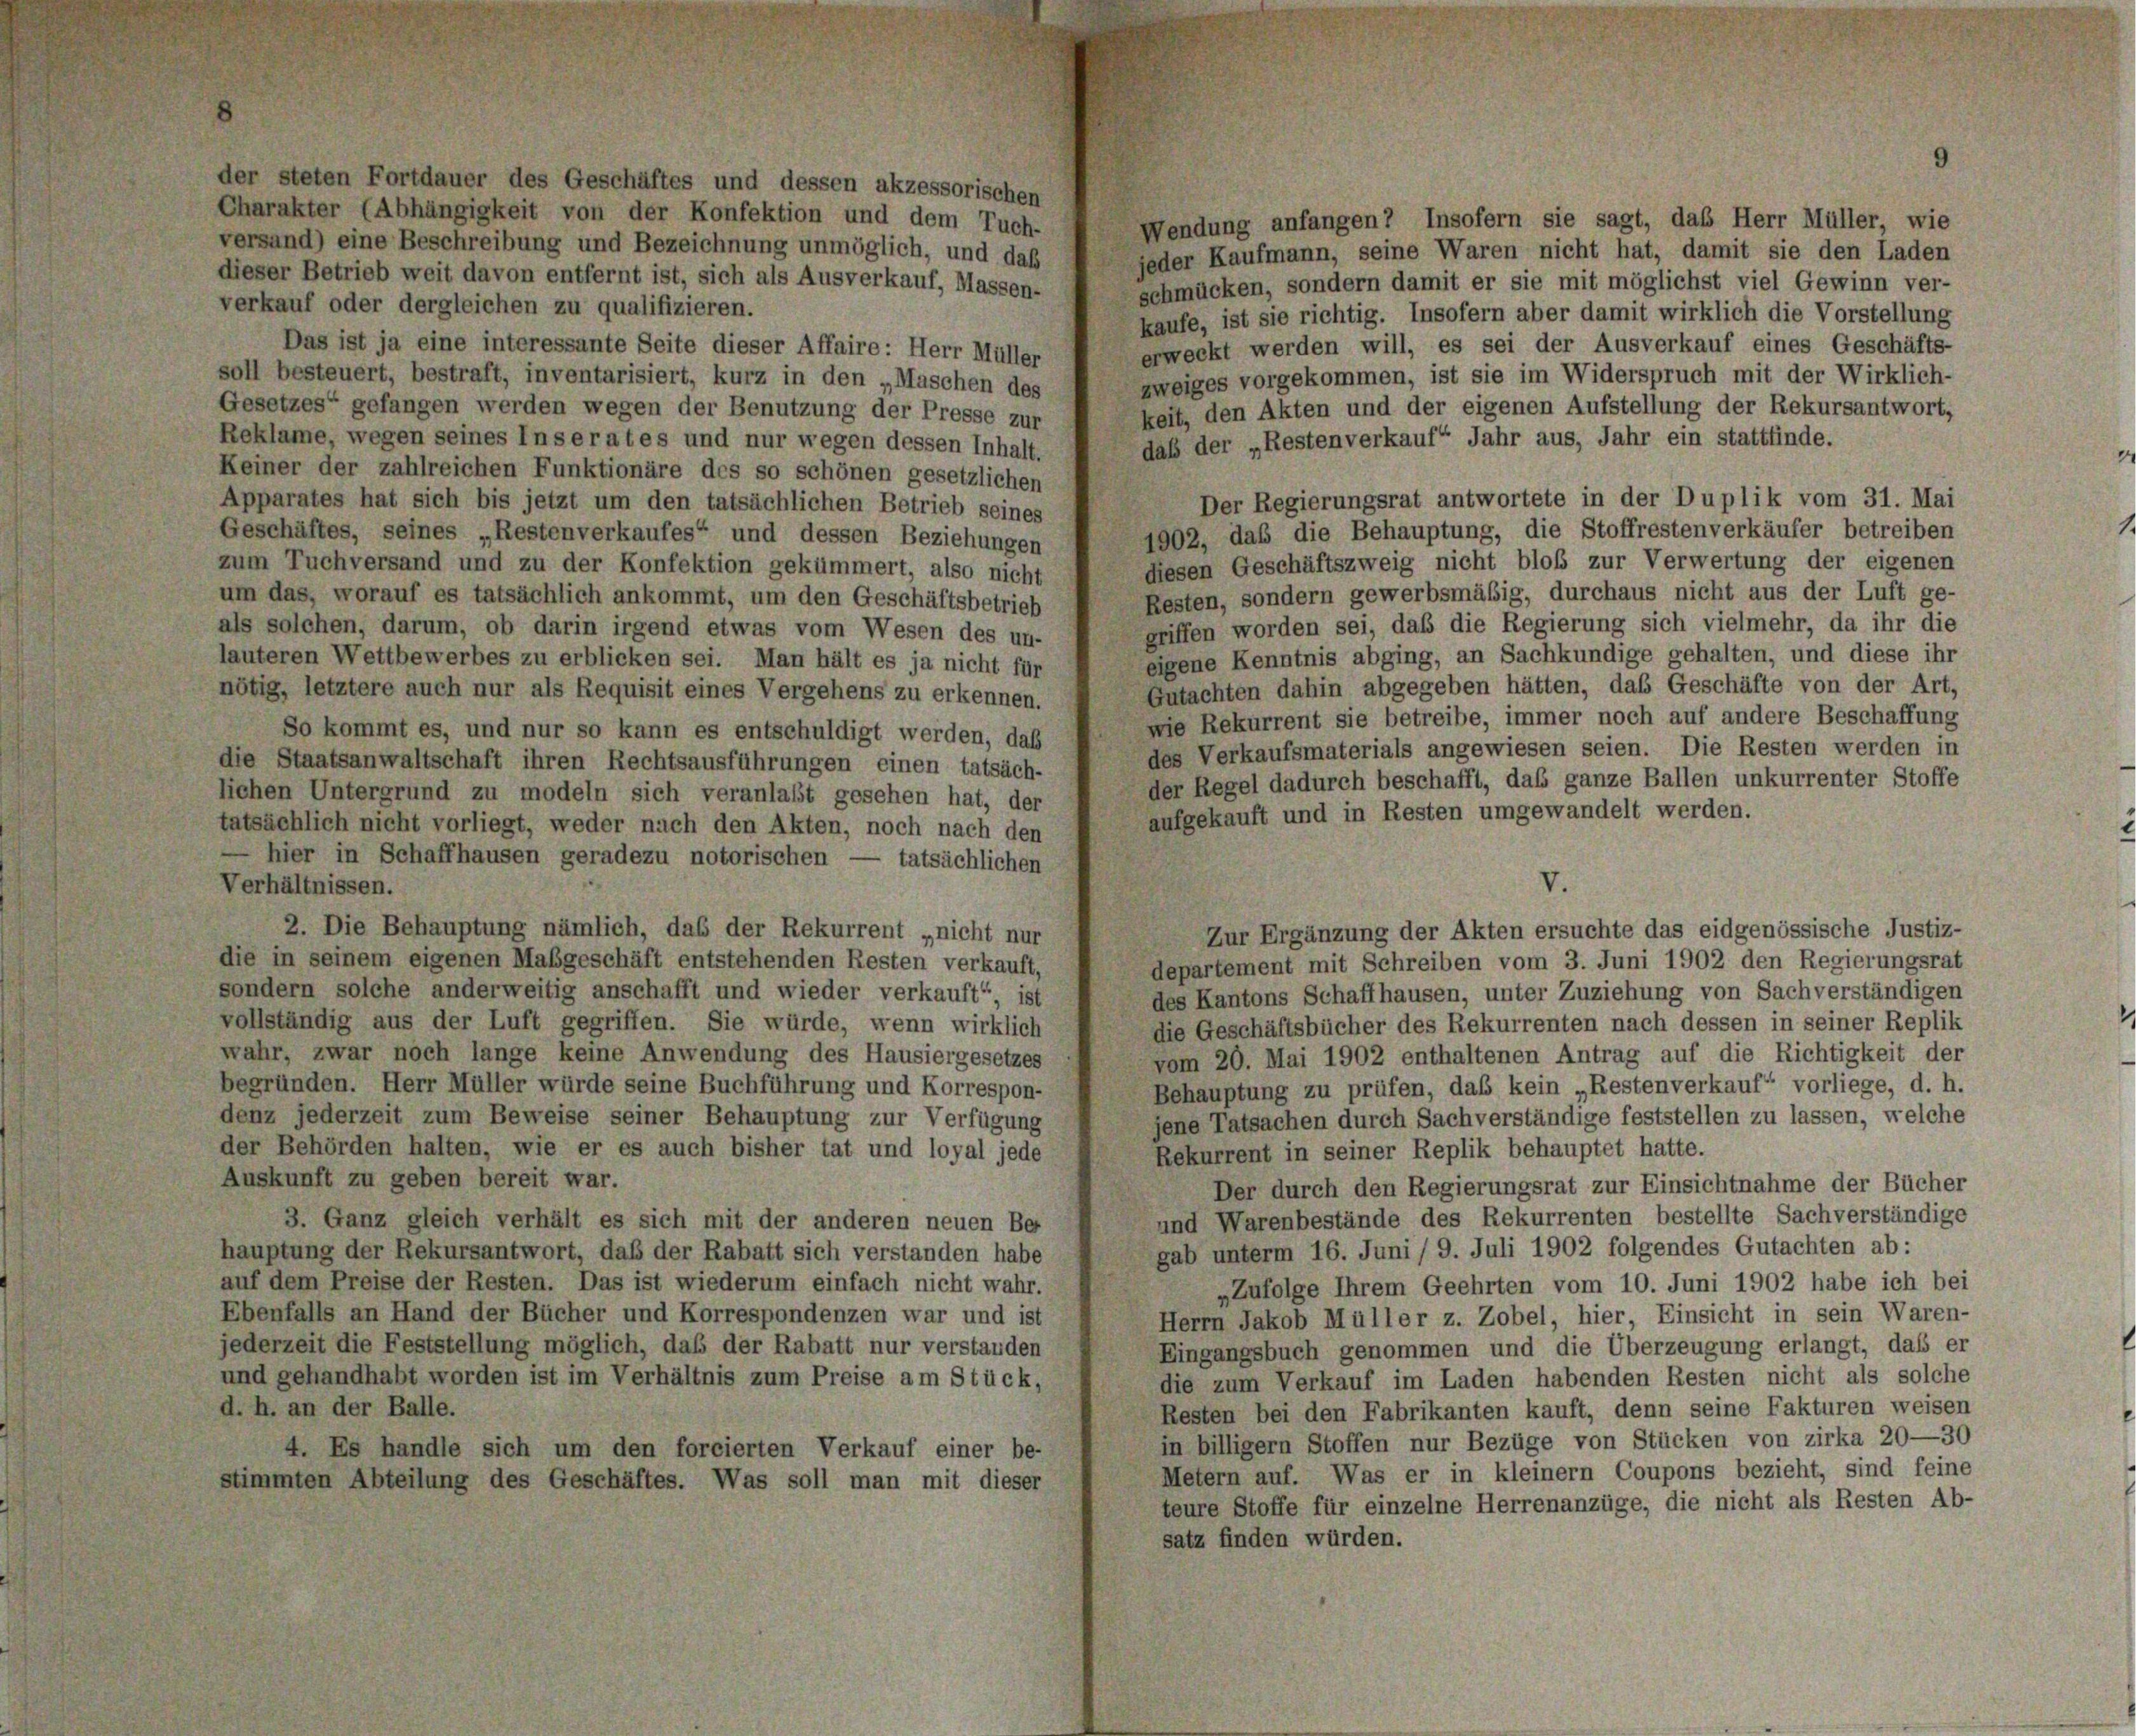
der steten Fortdauer des Geschäftes und dessen akzessorischen
Charakter (Abhängigkeit von der Konfektion und dem Tuch-
Wendung anfangen? Insofern sie sagt, das Herr Müller, wie
versand) eine Beschreibung und Bezeichnung unmöglich, und daß
jeder Kaufmann, seine Waren nicht hat, damit sie den Laden
dieser Betrieb weit davon entfernt ist, sich als Ausverkauf, Massen-
schmücken, sondern damit er sie mit möglichst viel Gewinn ver-
verkauf oder dergleichen zu qualifizieren.
kaufe, ist sie richtig. Insofern aber damit wirklich die Vorstellung
Das ist ja eine interessante Seite dieser Affaire: Herr Müller
erweckt werden will, es sei der Ausverkauf eines Geschäfts-
soll besteuert, bestraft, inventarisiert, kurz in den „Maschen des
zweiges vorgekommen, ist sie im Widerspruch mit der Wirklich-
Gesetzes“ gefangen werden wegen der Benutzung der Presse zur
keit, den Akten und der eigenen Aufstellung der Rekursantwort,
Reklame, wegen seines Inserates und nur wegen dessen Inhalt.
daß der „Restenverkauf Jahr aus, Jahr ein stattfinde.
Keiner der zahlreichen Funktionäre des so schönen gesetzlichen
Der Regierungsrat antwortete in der Duplik vom 31. Mai
Apparates hat sich bis jetzt um den tatsächlichen Betrieb seines
1902, daß die Behauptung, die Stoffrestenverkäufer betreiben
Geschäftes, seines „Restenverkaufes“ und dessen Beziehungen
diesen Geschäftszweig nicht bloß zur Verwertung der eigenen
zum Tuchversand und zu der Konfektion gekümmert, also nicht
Resten, sondern gewerbsmäßig, durchaus nicht aus der Luft ge-
um das, worauf es tatsächlich ankommt, um den Geschäftsbetrieb
griffen worden sei, daß die Regierung sich vielmehr, da ihr die
als solchen, darum, ob darin irgend etwas vom Wesen des un-
eigene Kenntnis abging, an Sachkundige gehalten, und diese ihr
lauteren Wettbewerbes zu erblicken sei. Man hält es ja nicht für
Gutachten dahin abgegeben hätten, das Geschäfte von der Art,
nötig, letztere auch nur als Requisit eines Vergehens zu erkennen.
wie Rekurrent sie betreibe, immer noch auf andere Beschaffung
So kommt es, und nur so kann es entschuldigt werden, das
des Verkaufsmaterials angewiesen seien. Die Resten werden in
die Staatsanwaltschaft ihren Rechtsausführungen einen tatsäch-
der Regel dadurch beschafft, das ganze Ballen unkurrenter Stoffe
lichen Untergrund zu modeln sich veranlaßt gesehen hat, der
aufgekauft und in Resten umgewandelt werden.
tatsächlich nicht vorliegt, weder nach den Akten, noch nach den
 hier in Schaffhausen geradezu notorischen — tatsächlichen
V.
Verhältnissen.
2. Die Behauptung nämlich, das der Rekurrent „nicht nur
Zur Ergänzung der Akten ersuchte das eidgenössische Justiz-
die in seinem eigenen Mabgeschäft entstehenden Resten verkauft,
departement mit Schreiben vom 3. Juni 1902 den Regierungsrat
sondern solche anderweitig anschafft und wieder verkauft“ ist
des Kantons Schaffhausen, unter Zuziehung von Sachverständigen
vollständig aus der Luft gegriffen. Sie würde, wenn wirklich
die Geschäftsbücher des Rekurrenten nach dessen in seiner Replik
wahr, zwar noch lange keine Anwendung des Hausiergesetzes
vom 20. Mai 1902 enthaltenen Antrag auf die Richtigkeit der
begründen. Herr Müller würde seine Buchführung und Korrespon-
Behauptung zu prüfen, daß kein „Restenverkauf“ vorliege, d. h.
denz jederzeit zum Beweise seiner Behauptung zur Verfügung
jene Tatsachen durch Sachverständige feststellen zu lassen, welche
der Behörden halten, wie er es auch bisher tat und loyal jede
Rekurrent in seiner Replik behauptet hatte.
Auskunft zu geben bereit war.
Der durch den Regierungsrat zur Einsichtnahme der Bücher
und Warenbestände des Rekurrenten bestellte Sachverständige
3. Ganz gleich verhält es sich mit der anderen neuen Ber
gab unterm 16. Juni / 9. Juli 1902 folgendes Gutachten ab:
hauptung der Rekursantwort, daß der Rabatt sich verstanden habe
auf dem Preise der Resten. Das ist wiederum einfach nicht wahr.
„Zufolge Ihrem Geehrten vom 10. Juni 1902 habe ich bei
Ebenfalls an Hand der Bücher und Korrespondenzen war und ist
Herrn Jakob Müller z. Zobel, hier, Einsicht in sein Waren-
jederzeit die Feststellung möglich, daß der Rabatt nur verstanden
Eingangsbuch genommen und die Überzeugung erlangt, dass er
und gehandhabt worden ist im Verhältnis zum Preise am Stück,
die zum Verkauf im Laden habenden Resten nicht als solche
d. h. an der Balle.
Resten bei den Fabrikanten kauft, denn seine Fakturen weisen
in billigem Stoffen nur Bezüge von Stücken von zirka 20—30
4. Es handle sich um den forcierten Verkauf einer be-
Metern auf. Was er in kleinem Coupons bezieht, sind feine
stimmten Abteilung des Geschäftes. Was soll man mit dieser
teure Stoffe für einzelne Herrenanzüge, die nicht als Resten Ab-
satz finden würden.